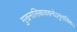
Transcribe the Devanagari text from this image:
मुखनासिकावचनोऽनुनासिकः।